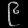
Digit: ၉